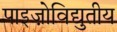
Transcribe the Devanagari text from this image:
पाइज़ोविद्युतीय